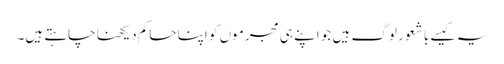
یہ کیسے با شعور لوگ ہیں جو اپنے ہی مجرموں کو اپنا حاکم دیکھنا چاہتے ہیں۔